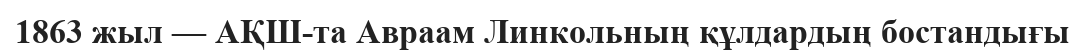
1863 жыл — АҚШ-та Авраам Линкольның құлдардың бостандығы